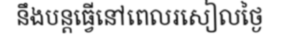
នឹងបន្តធ្វើនៅពេលរសៀលថ្ងៃ